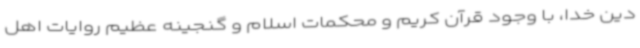
دین خدا، با وجود قرآن کریم و محکمات اسلام و گنجینه عظیم روایات اهل